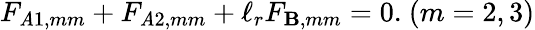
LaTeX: F_{\mathit{A}1,mm}+F_{\mathit{A}2,mm}+\ell_{r}F_{\mathbf{B},mm}=0.\ (m=2,3)